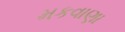
મકવાણા